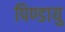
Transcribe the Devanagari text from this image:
पिण्डायु